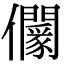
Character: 𠑡